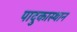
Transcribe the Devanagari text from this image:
पादुकास्थान